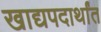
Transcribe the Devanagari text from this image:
खाद्यपदार्थांत